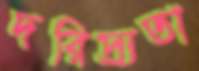
দরিদ্র্যতা